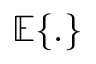
\mathbb { E } \{ . \}